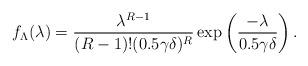
LaTeX: \begin{align*}f_{\Lambda}(\lambda)=\frac{\lambda^{R-1}}{(R-1)! (0.5\gamma \delta)^R} \exp\left( \frac{-\lambda}{0.5\gamma \delta}\right).\end{align*}